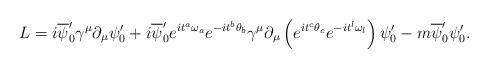
LaTeX: \begin{align*}L=i\overline{\psi}'_{0}{\gamma}^{\mu}{\partial}_{\mu}{\psi}'_{0}+i\overline{\psi}'_{0}e^{i{t}^{a}{\omega}_{a}}e^{-i{t}^{b}{\theta}_{b}}{\gamma}^{\mu}\partial_{\mu}\left (e^{i{t}^{c}{\theta}_{c}}e^{-i{t}^{l}{\omega}_{l}} \right ){\psi}'_{0}-m\overline{\psi}'_{0}{\psi}'_{0}.\end{align*}